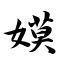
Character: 嫫